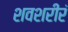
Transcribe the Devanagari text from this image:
शवशरीरं